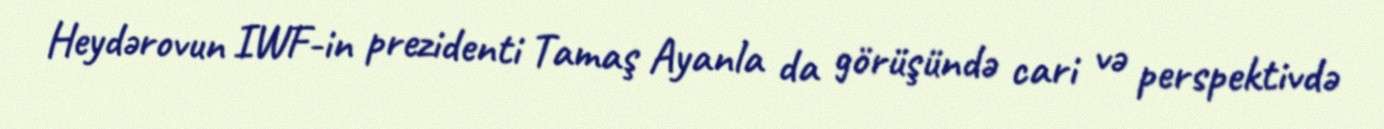
Heydərovun IWF-in prezidenti Tamaş Ayanla da görüşündə cari və perspektivdə